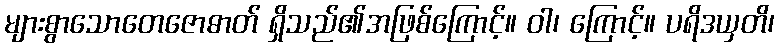
များစွာသောတေဇောဓာတ် ရှိသည်၏အဖြစ်ကြောင့်။ ဝါ၊ ကြောင့်။ ပရိဒယှတိ၊